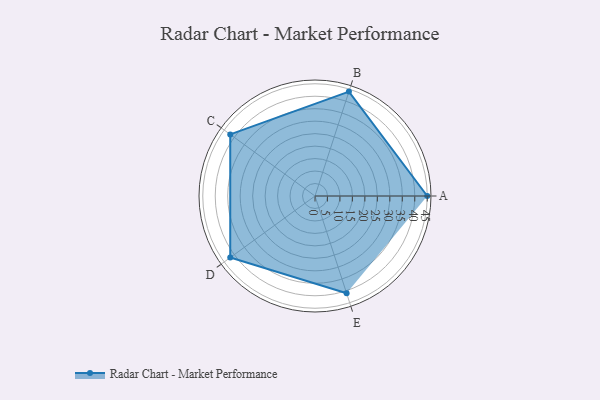
{"axis": {"x": "Skill", "y": "Score"}, "legend": ["Profile"], "data": [{"x": "A", "y": 45.0, "type": "Profile"}, {"x": "B", "y": 44.0, "type": "Profile"}, {"x": "C", "y": 42.0, "type": "Profile"}, {"x": "D", "y": 42.0, "type": "Profile"}, {"x": "E", "y": 41.0, "type": "Profile"}]}